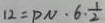
1 2 = P N \cdot 6 \cdot \frac { 1 } { 2 }